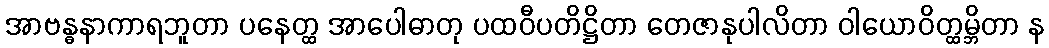
အာဗန္ဓနာကာရဘူတာ ပနေတ္ထ အာပေါဓာတု ပထဝီပတိဋ္ဌိတာ တေဇာနုပါလိတာ ဝါယောဝိတ္ထမ္ဘိတာ န